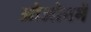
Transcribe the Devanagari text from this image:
ओजोनमें